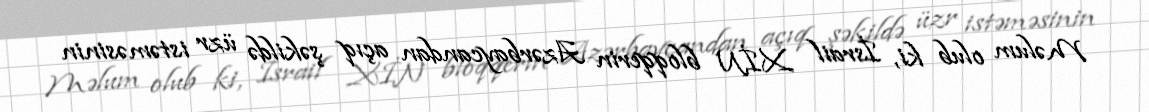
Məlum olub ki, İsrail XİN bloqqerin Azərbaycandan açıq şəkildə üzr istəməsinin